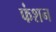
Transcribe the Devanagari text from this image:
फंशन